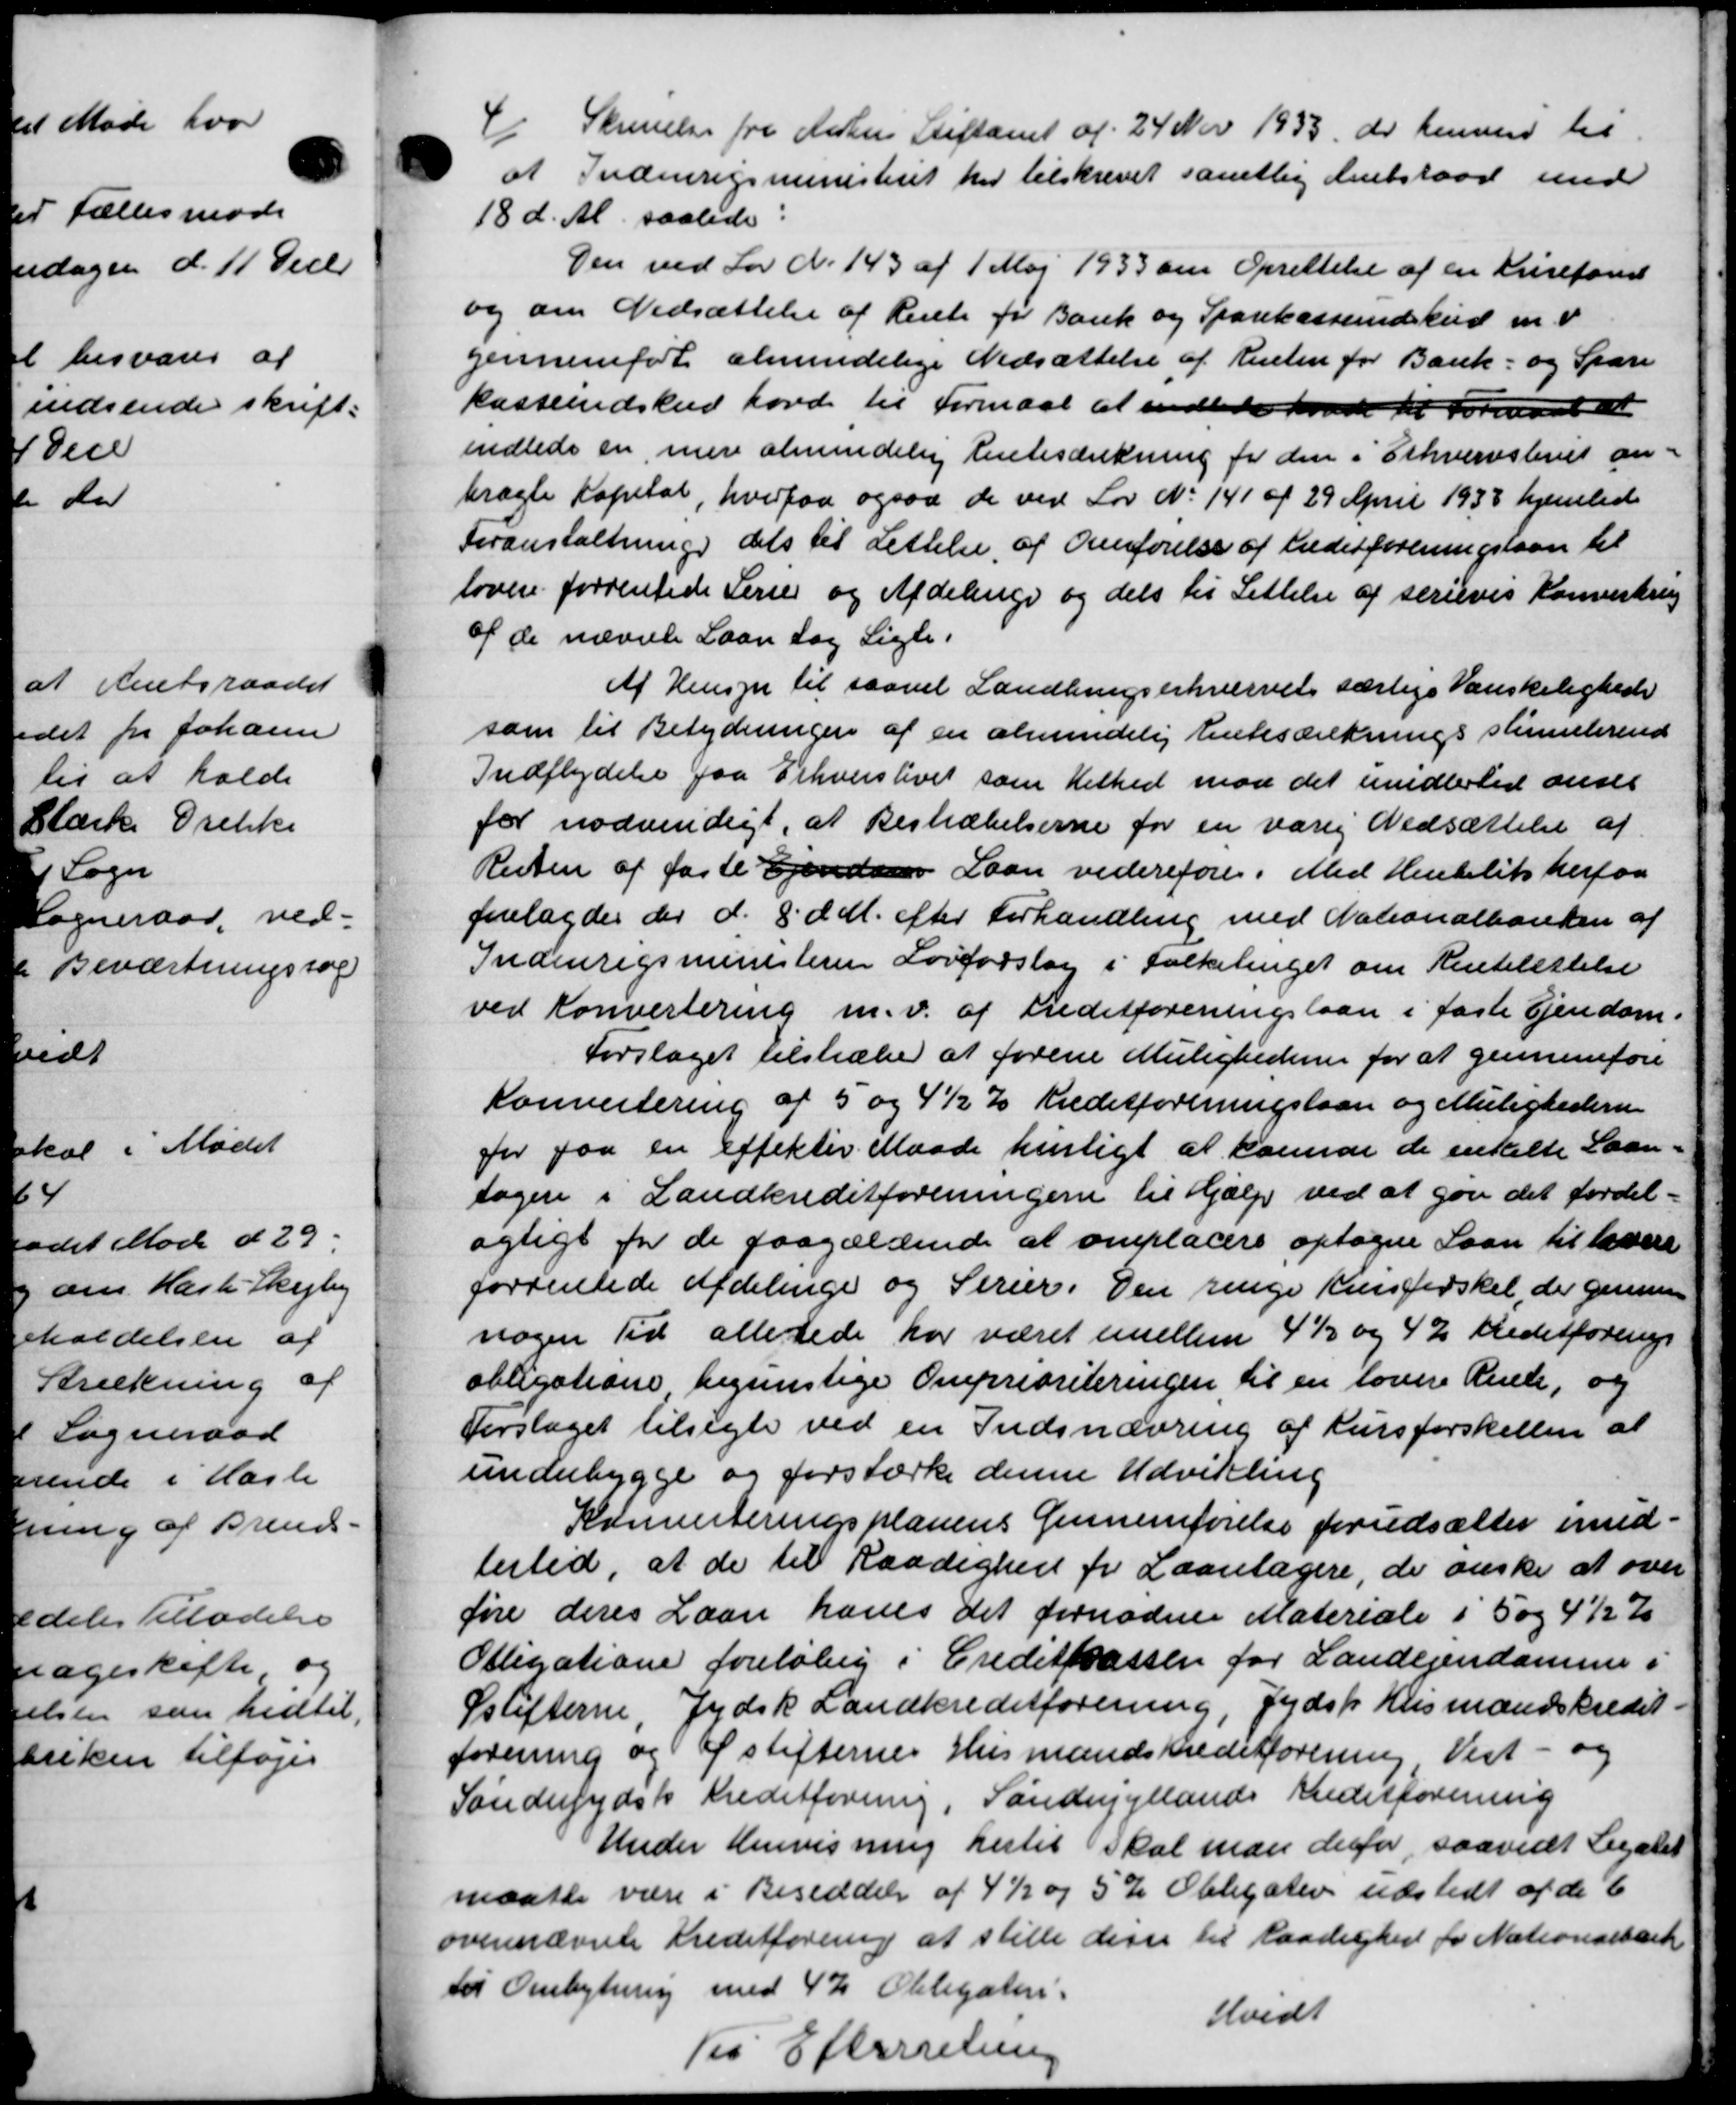
Transskription:
4
Skrivelse fra Aarhus Stiftamt af 24 Nov 1933 der henvend til
at Indenrigsministeriet har tilskrevet samtlig Amtsraad med
18 d. Al saalede
Den ved Lov N. 143 af 1 Maj 1933 om Oprettelse af en Krisefand
og om Nedsættelse af Rente for Bank og Sparekasseindskud m. v.
gennemført almindelige Nedsættelse af Renten for Bank- og Spare
kasseindskud havde til Formaal at indlede kvare til Formaal at
endlede en mere almindelig hentesænkning for den i Erhvervsbevist an-
bragte Kapital, hvorpaa ogsaa de ved Lov No 141 af 29 April 1938 hjemlede
Foranstaltning dets til Lettelse af Overførelse af Kreditforeningslaan til
loven forrentede Perse og Afdelinge og dels til Lettelse af serieves Konverkring
af de nævnte Laan tog Ligle
Af Hensyn til saavel Landbrugserhvervet særlige Vanskelighede
som til Betydningen af en almindelig Enkesænknings stemmerend
Indflydelse fra Erhvervstivet som Helhed mod det imidlertil anses
for nødvendigt, at Bestrædelserne for en varig Nedsættelse af
Resten af faste Ejendom Laan videreføre. Med Henblisherfor
forelagdes der d. 8 d A. efter Forhandling med Nationalbanken af
Indenrigsministerens Lovforslag i Folketinget om Rentelettelse
ved Konvertering m.v. af treditforeningslaan i faste Ejendom.
Forslaget tilstræde at forene Mulighedene for at gennemføre
Konvertering af 5 og 4½ % Kreditforeningslaan og Mulighedern
for paa en effekter Maade hurtigt at kamme de enkelte Laan-
sagen i Landkreditforeningen til Hjælp ved at gaa det fordel-
agligt for de paagældende at omplacere optagne Laan til levere
forrentede Afdelinge og Stræer. Den renge Kristerskel, der gennem
nogen Tid allestede har været imellem 4½ og 42 Kreditforenings
obligatione begunstige Omprioriteringen til en lover Rende, og
Forslaget tilsigte ved en Indsnævring af Kursforskellen at
underbygge og forstærke denne Udvikling
Komiteringsplanens Gennemførelse forudsættes imid=
bested, at de til Raadighed for Laantagere, de ønske at over
føre deres Laan haves det fornødne Materiale i 5 og 4½ %
Obligatione foreløbig i Creditkassen for Landejendomme i
Sstifterne Jydsk Landkreditforening, Jydsk Husmandskredet.
forening og af stifternes Husmandskreditforening Vest- og
Sønderjydsk Kreditforening, Sønderjyllands Kreditforening
Under Henvisning hertil skal man derfor saavidt Legatet
maatte være i Beseddelse af 4½ og 5 ½ Obligativ udstedt af de 6
ovennævnte Kreditforening at stille disse til Raadighed for Nationsebærk
til Ombytning med 4% Obligaten:
Hvidt
Til Efterretning